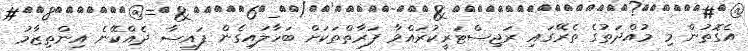
އެގޮތުން މި މުއްދަތުގެ ތެރޭގައި ރަޖިސްޓަރީކުރައްވާ ފަރާތްތަކަށް ބަހާލައިގެން ފައިސާ ދެއްކޭނެ އިންތިޒާމު